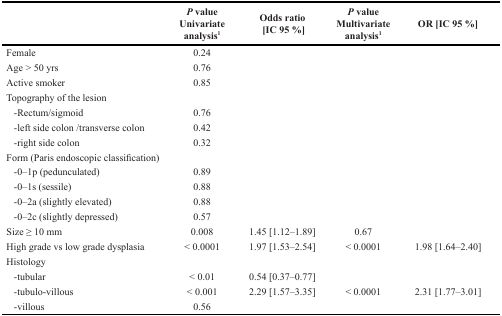
<table><thead><tr><td></td><td><b><i>P</i> value Univariate analysis<sup>1</sup></b></td><td><b>Odds ratio [IC 95 %]</b></td><td><b><i>P</i> value Multivariate analysis<sup>1</sup></b></td><td><b>OR [IC 95 %]</b></td></tr></thead><tbody><tr><td>Female</td><td>0.24</td><td></td><td></td><td></td></tr><tr><td>Age &gt; 50 yrs</td><td>0.76</td><td></td><td></td><td></td></tr><tr><td>Active smoker</td><td>0.85</td><td></td><td></td><td></td></tr><tr><td>Topography of the lesion</td><td></td><td></td><td></td><td></td></tr><tr><td> -Rectum/sigmoid</td><td>0.76</td><td></td><td></td><td></td></tr><tr><td> -left side colon /transverse colon</td><td>0.42</td><td></td><td></td><td></td></tr><tr><td> -right side colon</td><td>0.32</td><td></td><td></td><td></td></tr><tr><td>Form (Paris endoscopic classification)</td><td></td><td></td><td></td><td></td></tr><tr><td> -0–1p (pedunculated)</td><td>0.89</td><td></td><td></td><td></td></tr><tr><td> -0–1s (sessile)</td><td>0.88</td><td></td><td></td><td></td></tr><tr><td> -0–2a (slightly elevated)</td><td>0.88</td><td></td><td></td><td></td></tr><tr><td> -0–2c (slightly depressed)</td><td>0.57</td><td></td><td></td><td></td></tr><tr><td>Size ≥ 10 mm</td><td>0.008</td><td>1.45 [1.12–1.89]</td><td>0.67</td><td></td></tr><tr><td>High grade vs low grade dysplasia</td><td>&lt; 0.0001</td><td>1.97 [1.53–2.54]</td><td>&lt; 0.0001</td><td>1.98 [1.64–2.40]</td></tr><tr><td>Histology</td><td></td><td></td><td></td><td></td></tr><tr><td> -tubular</td><td>&lt; 0.01</td><td>0.54 [0.37–0.77]</td><td></td><td></td></tr><tr><td> -tubulo-villous</td><td>&lt; 0.001</td><td>2.29 [1.57–3.35]</td><td>&lt; 0.0001</td><td>2.31 [1.77–3.01]</td></tr><tr><td> -villous</td><td>0.56</td><td></td><td></td><td></td></tr></tbody></table>